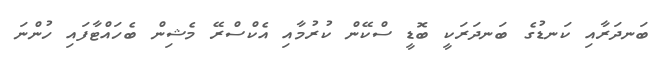
ބަނދަރާއި ކަނޑުގެ ބަނދަރަކީ ބޮޑީ ސްކޭން ކުރުމާއި އެކްސްރޭ މެޝިން ބެހައްޓާފައި ހުންނަ